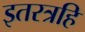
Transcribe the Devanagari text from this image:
इतरत्रहि